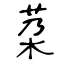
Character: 䒳